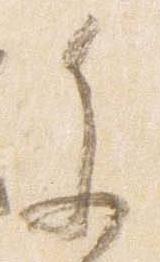
参